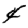
Digit: 4